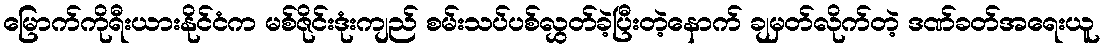
မြောက်ကိုရီးယားနိုင်ငံက မစ်ဇိုင်းဒုံးကျည် စမ်းသပ်ပစ်လွှတ်ခဲ့ပြီးတဲ့နောက် ချမှတ်လိုက်တဲ့ ဒဏ်ခတ်အရေးယူ